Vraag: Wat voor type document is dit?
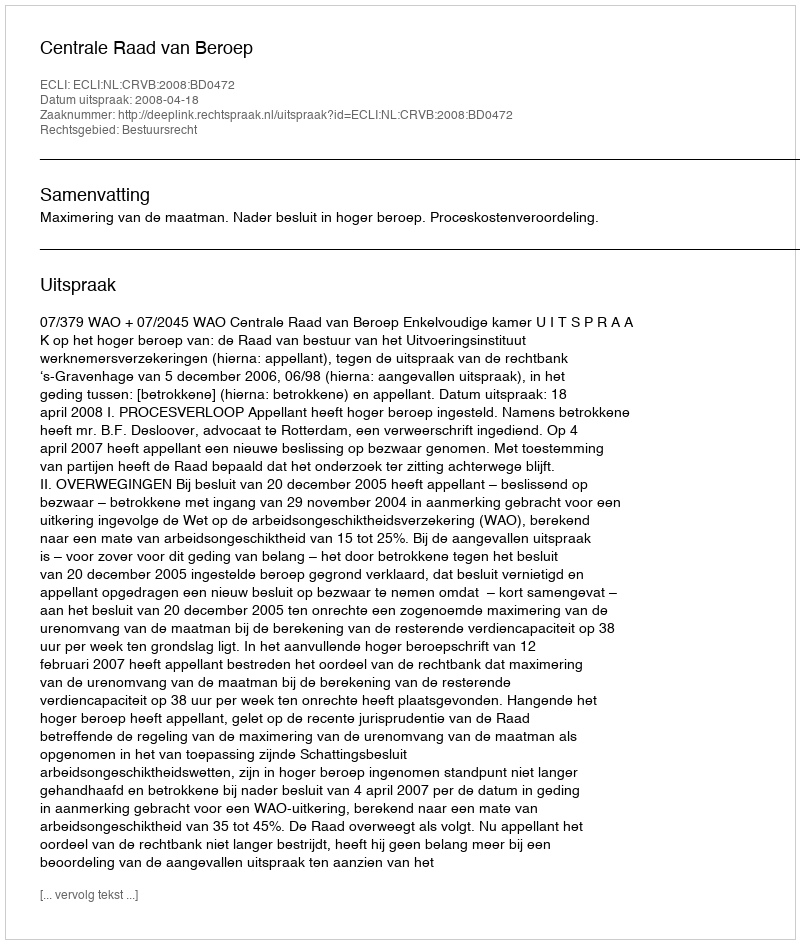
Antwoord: Uitspraak